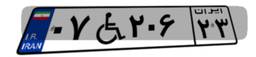
۰۷W۲۰۶۲۳